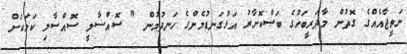
ނަތީޖާއެއްގެ ގޮތުން މާދަރީބަހުގެ ބަސްކޮށާރު އަޅުގަނޑުމެންގެ ހަނދުމުން " ސޮއްސާލީ ސޮއްސާލި ކަމަކަށް